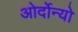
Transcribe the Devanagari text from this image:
ओर्दोन्यो